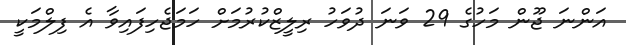
އަންނަ ޖޫން މަހުގެ 29 ވަނަ ދުވަހު ރިލީޒްކުރުމަށް ހަމަޖެހިފައިވާ އެ ފިލްމަކީ